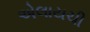
એલાયચી